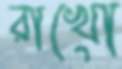
রাখো